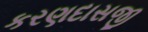
કરણદાસજી